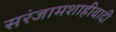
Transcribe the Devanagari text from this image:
सरंजामशाहीवादी